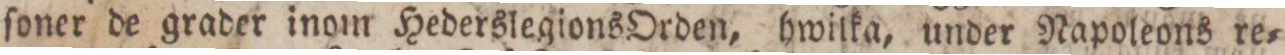
ſoner de grader inom Hederslegions Orden, hwilka, under Napoleons re=